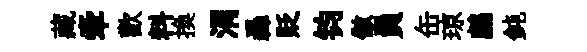
藏牽歡料換涓轟貶钧傲員缶琼鸕鈍